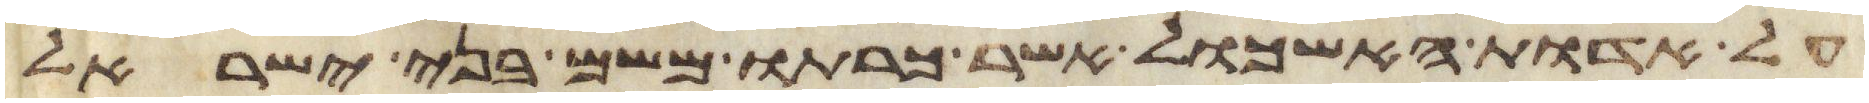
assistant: על אדות האשכול אשר כרתו משם בני ישראל